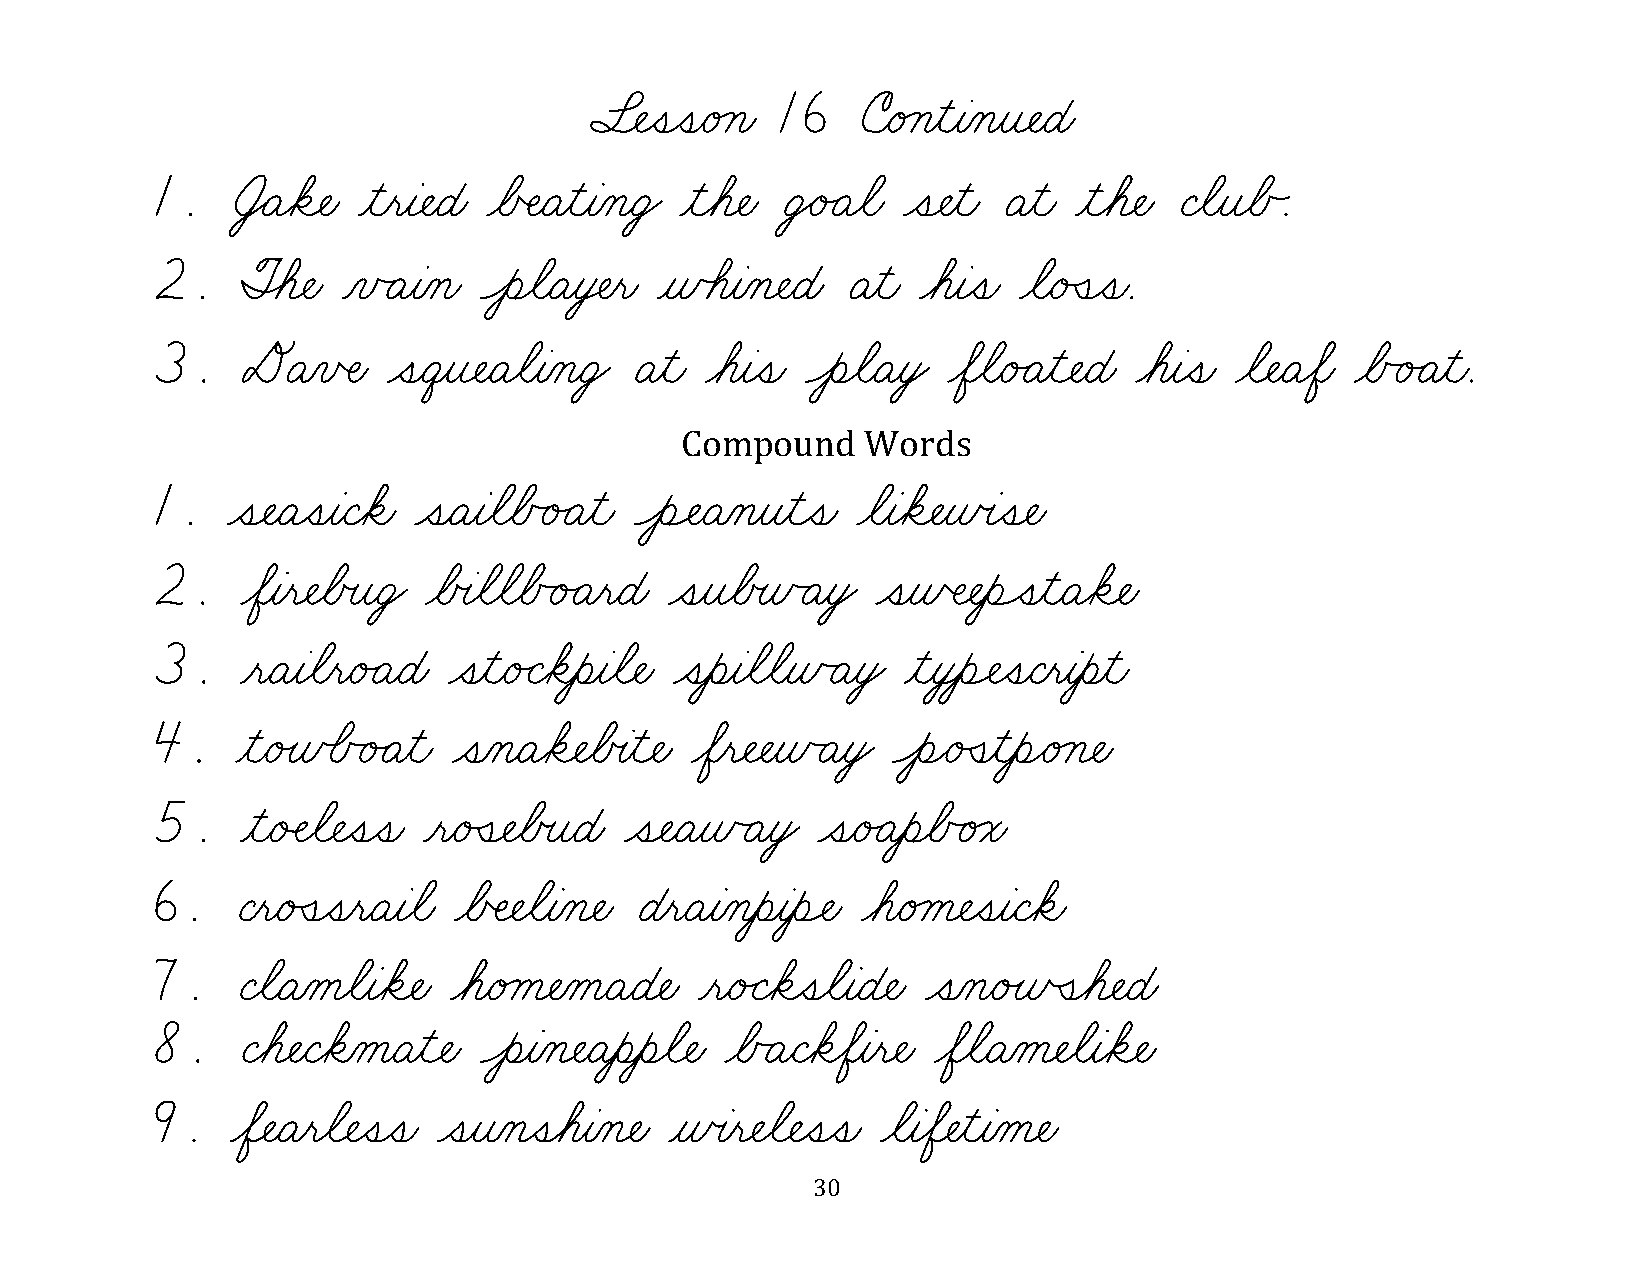
§¬ÑˆíˆíæéÁçæ 16   úæéÁçƒìƒàÀçƒî¬ÑæÉæ
 1.   †ŸÄøä¬Ñæ ƒìƒëƒà¬ÑæÉæ øÅŒÑæÄƒìƒàÀçæÜŸ ƒìøá¬Ñæ ÜŸé„Äøãæ ˆí¬Ñƒìæ Äƒìæ ƒìøá¬Ñæ ÇøãƒîøÅÃ.
 2.    ØÈá¬Ñæ ÀïÃÄƒàÀçæ ÔèøãæÄƒò‡Ñƒëæ ƒñÕáƒàÀç¬ÑæÉæ Äƒìæ øáƒàˆíæ øãæéÛíˆíæ.
 3.    DÄÀïŒÑæ   ˆíæêƒî¬ÑæÄøãƒàÀçæÜŸ Äƒìæ øáƒàˆíæ ÔèøãæÄƒòŸ øÖøãæé„Äƒì¬ÑæÉæ øáƒàˆíæ øã¬ÑæÄøÖæ øÅÃé„Äƒìæ.
 Compound    Words
 1.   ˆí¬ÑæÄˆíƒàæÇøäæ ˆíæÄƒàøãøÅÃé„Äƒìæ ÔèÓÑæÄÀçƒîƒìˆíæ øãƒàøä¬Ñƒñœàˆí¬Ñæ
 2.    øÖƒàƒë¬ÑøÅœîæÜŸ øÅœàøãøãøÅÃé„ÄƒëæÉæ ˆíƒîøÅœñÃÄƒòŸ ˆíƒñŒÑ¬ÑƒèÔíƒìæÄøä¬Ñæ
 3.    ƒëæÄƒàøãƒëæé„ÄæÉæ ˆíƒìæé„Çøäƒèƒàøã¬Ñæ ˆíƒèƒàøãøãƒñÃÄƒòŸ ƒìƒò¸èÓÑˆíæÇƒëƒàƒèƒìæ
 4.    ƒìæéÙñÕÅÃé„Äƒìæ ˆíÀçæÄøä¬ÑøÅœàƒì¬Ñæ øÖƒë¬Ñ¬ÑƒñÃÄƒòŸ ÔèÌéÛíƒìƒèÌéÁç¬Ñæ
 5.    ƒìæéÂÑøã¬Ñˆíˆíæ ƒëæéÛí¬ÑøÅœîæÉæ ˆí¬ÑæÄƒñÃÄƒòŸ ˆíæé„ÄƒèøÅÃéÁóæ
 6.   ÇƒëæéÛíˆíƒëæÄƒàøãæ øÅŒÑ¬ÑøãƒàÀç¬Ñæ ÉƒëæÄƒàÀçƒèƒàƒèÓÑæ øáæéÁå¬ÑˆíƒàæÇøäæ
 7.   ÇøãæÄÀåøãƒàøä¬Ñæ øáæéÁå¬ÑÀåæÄæÉ¬Ñæ ƒëæé„ÇøäˆíøãƒàæÉ¬Ñæ ˆíÀçæéÙñÒíøá¬ÑæÉæ
 8.    Çøá¬ÑæÇøäÀåæÄƒì¬Ñæ ÔèƒàÀç¬ÑæÄƒèƒèøã¬Ñæ øÅÃÄæÇøäøÖƒàƒë¬Ñæ øÖøãæÄÀå¬Ñøãƒàøä¬Ñæ
 9.   øÖ¬ÑæÄƒëøã¬Ñˆíˆíæ ˆíƒîÀçˆíøáƒàÀç¬Ñæ ƒñœàƒë¬Ñøã¬Ñˆíˆíæ øãƒàøÖ¬ÑƒìƒàÀå¬Ñæ
 30